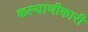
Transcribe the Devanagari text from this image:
कल्याणीकारी